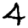
Digit: 4